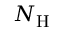
N _ { \mathrm { H } }